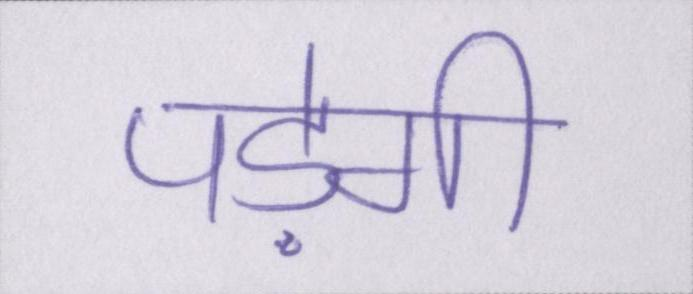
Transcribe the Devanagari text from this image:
पड़ेगी